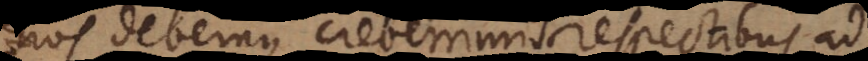
nos debemus creberrimis respectibus ad